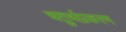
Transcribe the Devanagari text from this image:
चतुर्थप्रकरण